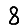
Digit: 8